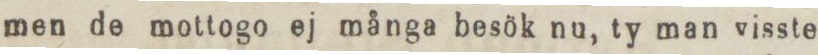
men de mottogo ej många besök nu, ty man visste